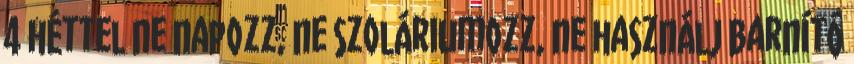
4 héttel ne napozz, ne szoláriumozz, ne használj barnító